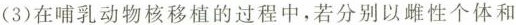
(3)在哺乳动物核移植的过程中，若分别以雌性个体和